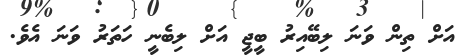
އަށް ތިން ވަނަ ލިބޭއިރު ބީޖީ އަށް ލިބެނީ ހަތަރު ވަނަ އެވެ.